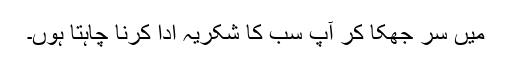
میں سر جھکا کر آپ سب کا شکریہ ادا کرنا چاہتا ہوں۔